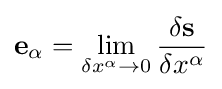
\mathbf {e} _{\alpha }=\lim _{\delta x^{\alpha }\to 0}{\frac {\delta \mathbf {s} }{\delta x^{\alpha }}}